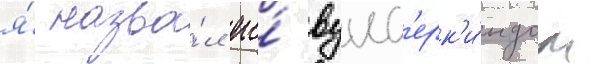
я́ назва́л его́ вунд'ерк'и́ндом